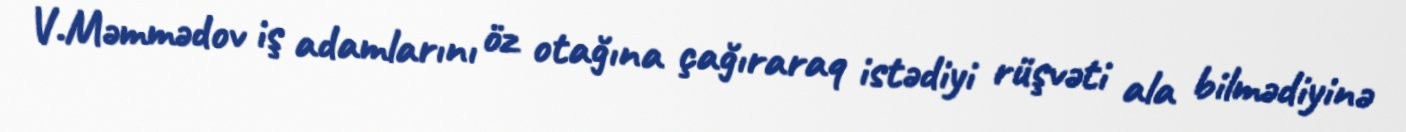
V.Məmmədov iş adamlarını öz otağına çağıraraq istədiyi rüşvəti ala bilmədiyinə